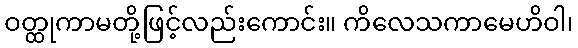
ဝတ္ထုကာမတို့ဖြင့်လည်းကောင်း။ ကိလေသကာမေဟိဝါ၊